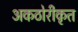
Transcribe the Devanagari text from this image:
अकठोरीकृत